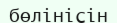
бөлінісін